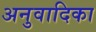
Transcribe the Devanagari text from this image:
अनुवादिका